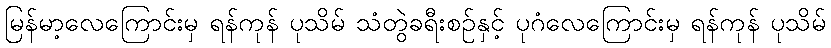
မြန်မာ့လေကြောင်းမှ ရန်ကုန် ပုသိမ် သံတွဲခရီးစဉ်နှင့် ပုဂံလေကြောင်းမှ ရန်ကုန် ပုသိမ်